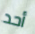
أحد